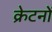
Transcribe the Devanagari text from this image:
क्रेटनों